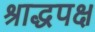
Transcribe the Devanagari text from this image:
श्राद्धपक्ष